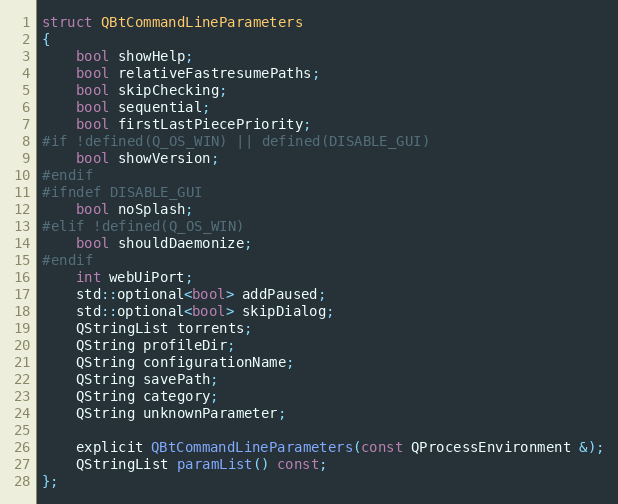
Language: C
struct QBtCommandLineParameters
{
    bool showHelp;
    bool relativeFastresumePaths;
    bool skipChecking;
    bool sequential;
    bool firstLastPiecePriority;
#if !defined(Q_OS_WIN) || defined(DISABLE_GUI)
    bool showVersion;
#endif
#ifndef DISABLE_GUI
    bool noSplash;
#elif !defined(Q_OS_WIN)
    bool shouldDaemonize;
#endif
    int webUiPort;
    std::optional<bool> addPaused;
    std::optional<bool> skipDialog;
    QStringList torrents;
    QString profileDir;
    QString configurationName;
    QString savePath;
    QString category;
    QString unknownParameter;

    explicit QBtCommandLineParameters(const QProcessEnvironment &);
    QStringList paramList() const;
};